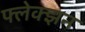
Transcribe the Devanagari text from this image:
फ्लेक्झन